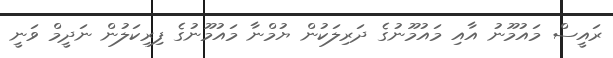
ރައީސް މައުމޫނު އާއި މައުމޫނުގެ ދަރިލަކުން ޔުމްނާ މައުމޫނުގެ ފިރިކަލުން ނަދީމް ވަނީ